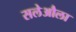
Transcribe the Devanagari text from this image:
सलेऔला